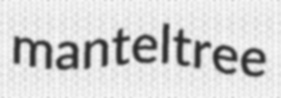
manteltree